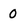
Character: 0